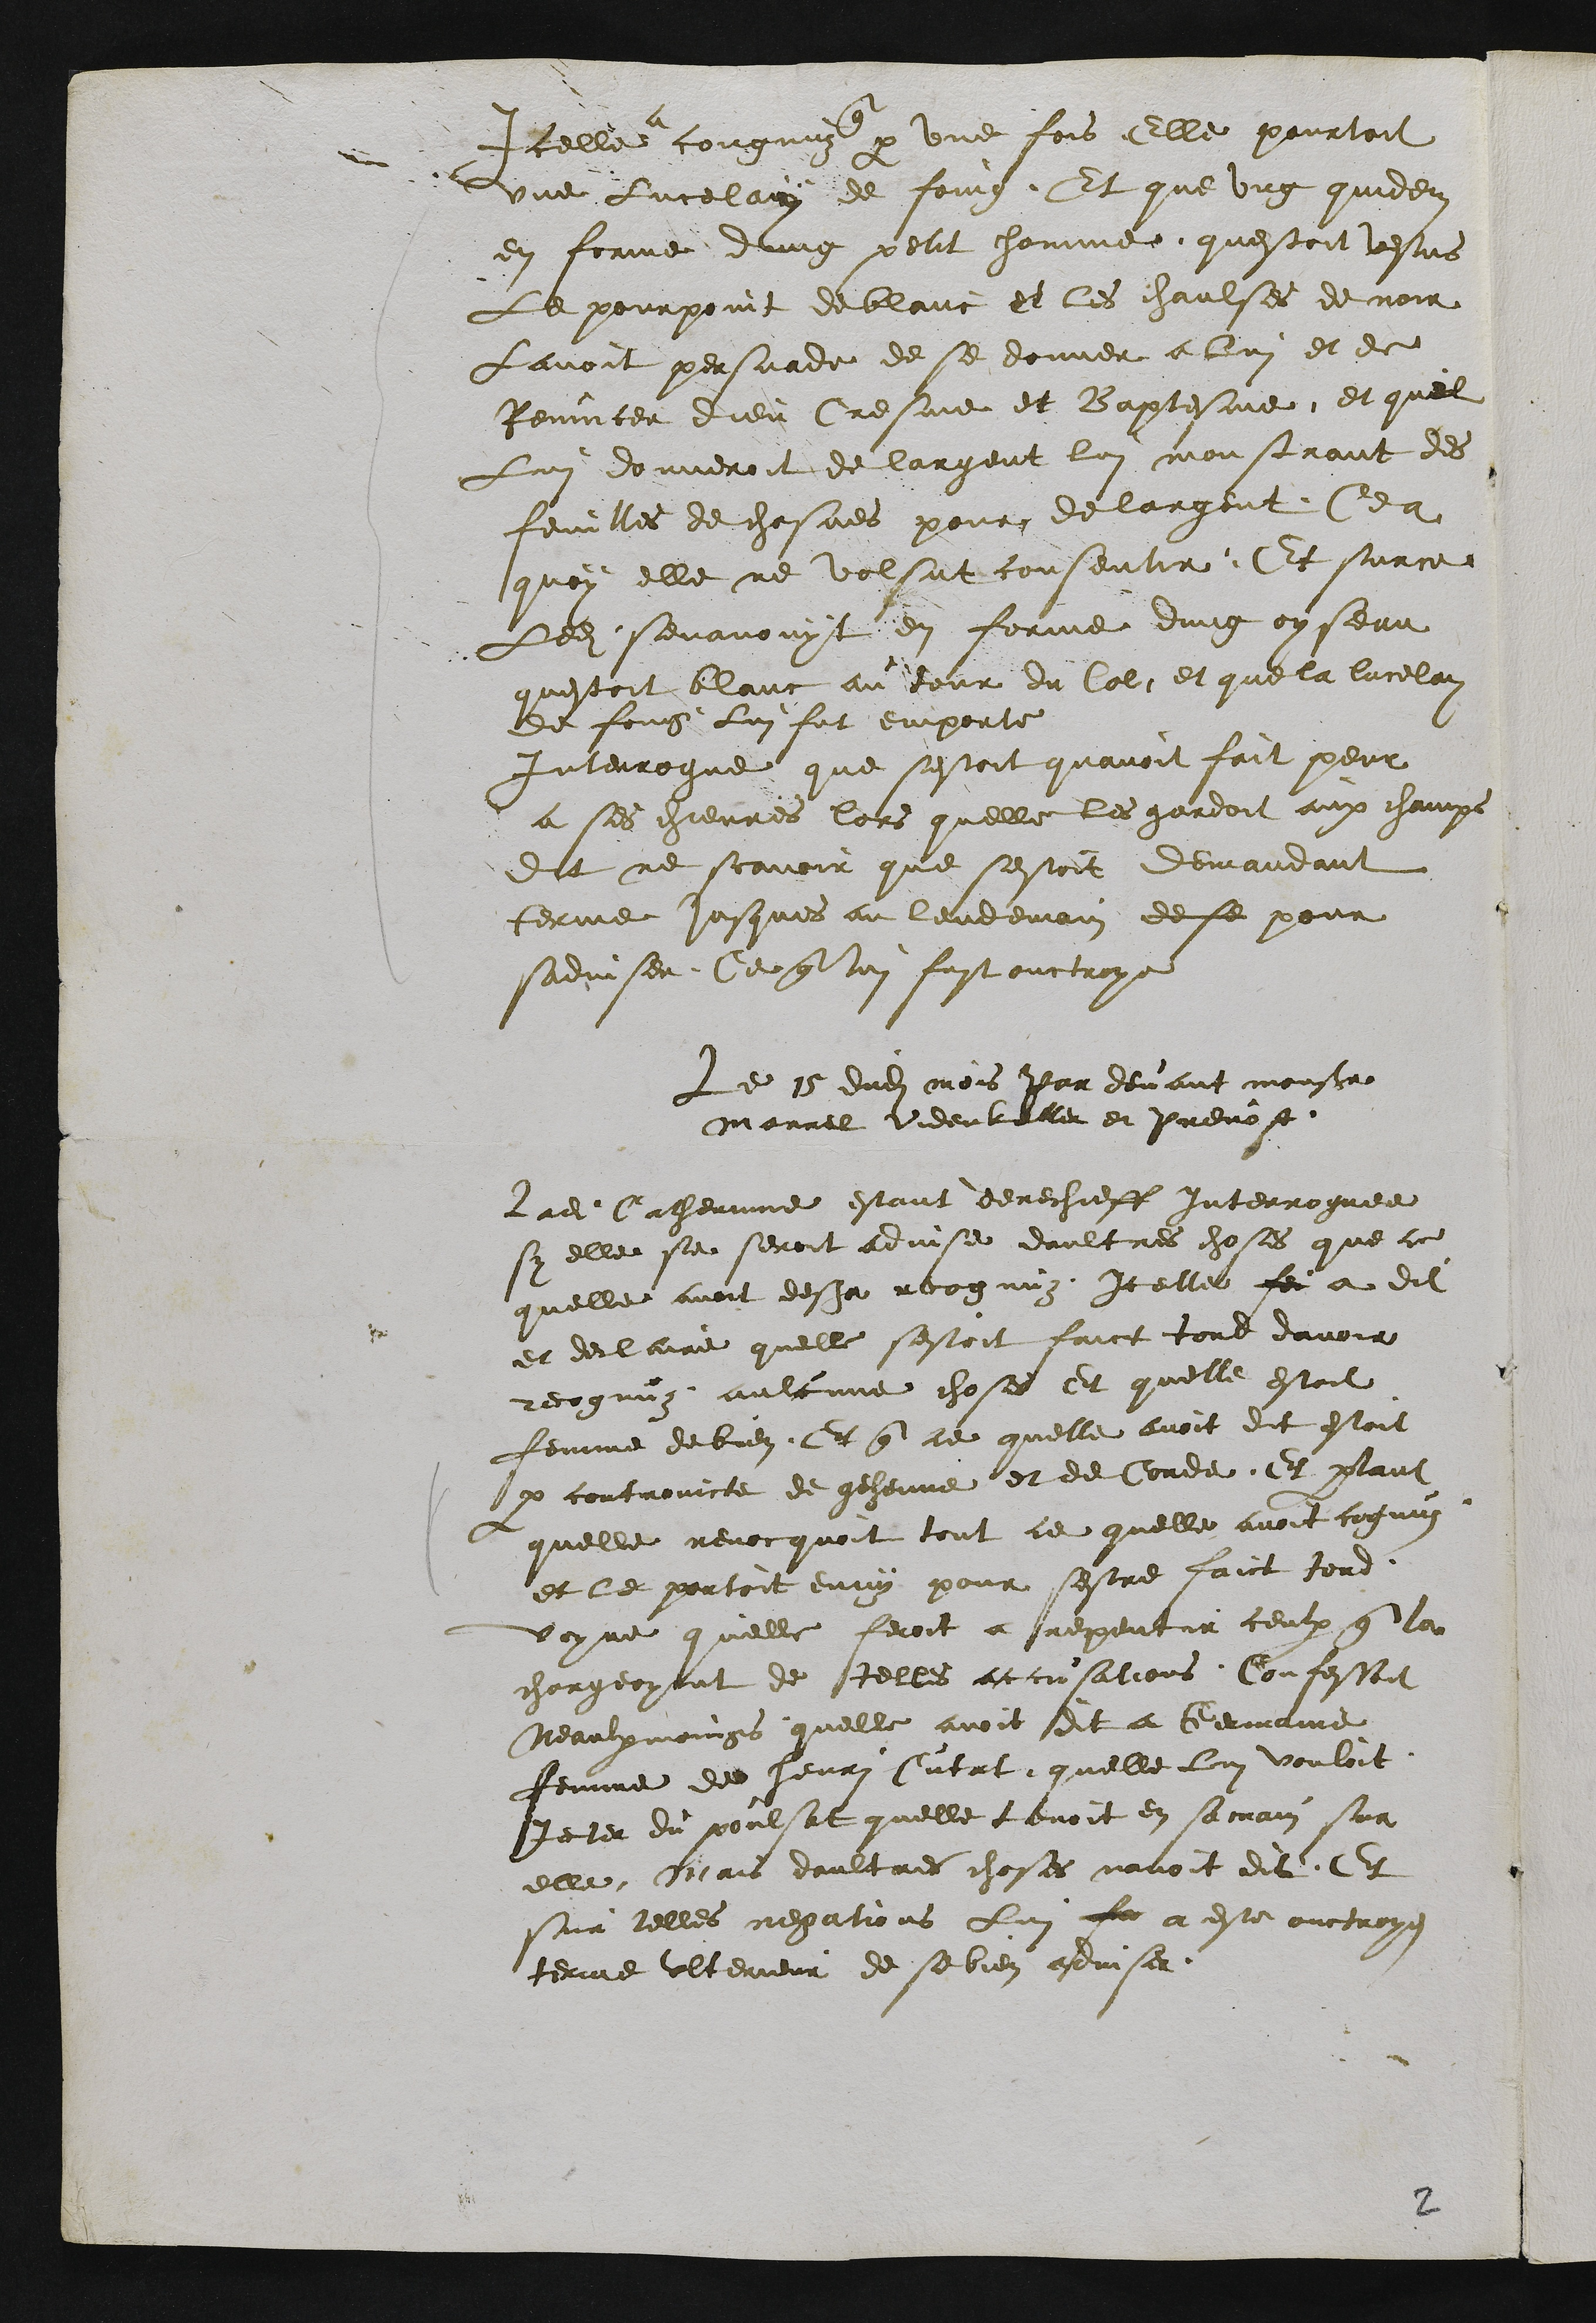
Icelle congnuz par une fois elle pourtoit
une Lucelain de feug. Et que ung quidem
en forme ung petit homme questoit vestus
Le pourpoint de blant et les chaulses de noir
Lavoit persuade de se donner a lui et de
Renuncer dieu Cresme et Baptesme, et quil
Lui donneroit de largent lui monstrant des
feuilles de chesnes pour de largent, Ce a
quoy elle ne volsut consentir Et surce
Ledit sevanouyt en forme dung oyseau
questoit blant au tour du Col, et que la lucelan
de foing lui fut emporte
Interrogue que sestoit quavoit fait peur
a ses chievres lors quelle les gardoit aux champs
Dit ne scavoir que sestoit demandant
terme jusques au lendemain de se pour
sadviser. Ce que lui fust ouctroye
Le 15 dudit mois Par devant monsieur
Marrel Viderkeller et Prevost
Ladite Cathemme estant derechieff Interroguee
sy elle se seroit advise daultres choses que ce
quelle avoit desja recognuz Icelles feu a dit
et declaire quelle sestoit faict tord davoir
recognuz aulcune choses Et quelle estoit
femme de bien. Et que ce quelle avoit dit estoit
par contraincte de gehenne et de Corde. Et partant
quelle revocquoit tout ce quelle avoit cognuz
et le portoit emy pour sestre faict tord
voyre quelle feroit a repentir ceulx que la
chargeoyent de telles accusations Confessoit
Neaulxmoings quelle avoit dit a Germaine
femme de henri Cutat quelle lui vouloit
Jeter du poulsat quelle tenoit en sa main sur
elle. Mais daultres choses navoit dit. Et
sur telles negations lui a a este ouctroye
terme ulterieur de se bien adviser.